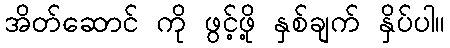
အိတ်ဆောင် ကို ဖွင့်ဖို့ နှစ်ချက် နှိပ်ပါ။